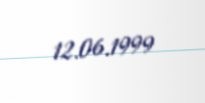
12.06.1999